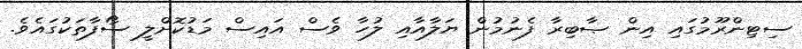
ސިޓިންރޫމުގައި އިން ޞާބިރާ ފެނުމުން ޔަލާއާއި ލުހާ ވެސް އައިސް މަޑުކޮށްލީ ސޯފާތަކުގައެވެ.